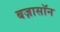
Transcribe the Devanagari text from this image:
बज़ासॉन